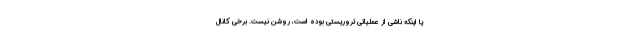
یا اینکه ناشی از عملیاتی تروریستی بوده است، روشن نیست. برخی کانال